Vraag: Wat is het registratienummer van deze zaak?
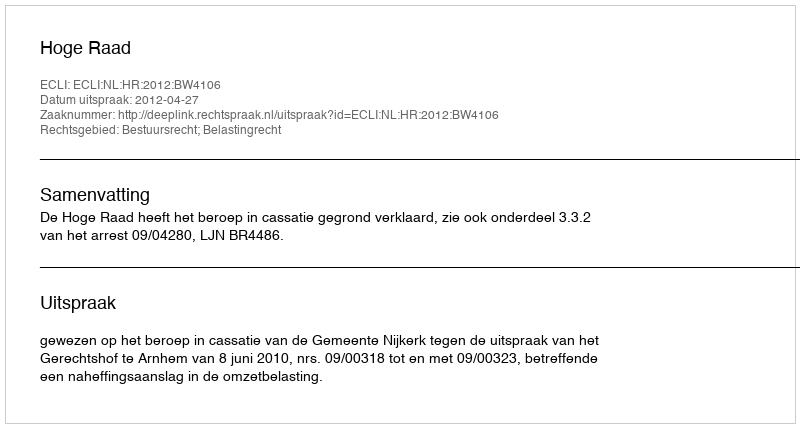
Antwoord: http://deeplink.rechtspraak.nl/uitspraak?id=ECLI:NL:HR:2012:BW4106